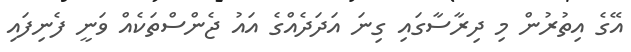
އޭގެ އިތުރުން މި ދިރާސާގައި ގިނަ އަދަދެއްގެ އައު ޖެންސްތަކެއް ވަނީ ފެނިފައި